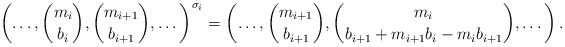
\begin{align*}\left( \dots, \binom{m_i}{b_i}, \binom{m_{i+1}}{b_{i+1}}, \dots \right)^{\sigma_i} = \left(\dots,\binom{m_{i+1}}{b_{i+1}}, \binom{m_i}{b_{i+1} + m_{i+1} b_i - m_i b_{i+1}}, \dots \right).\end{align*}